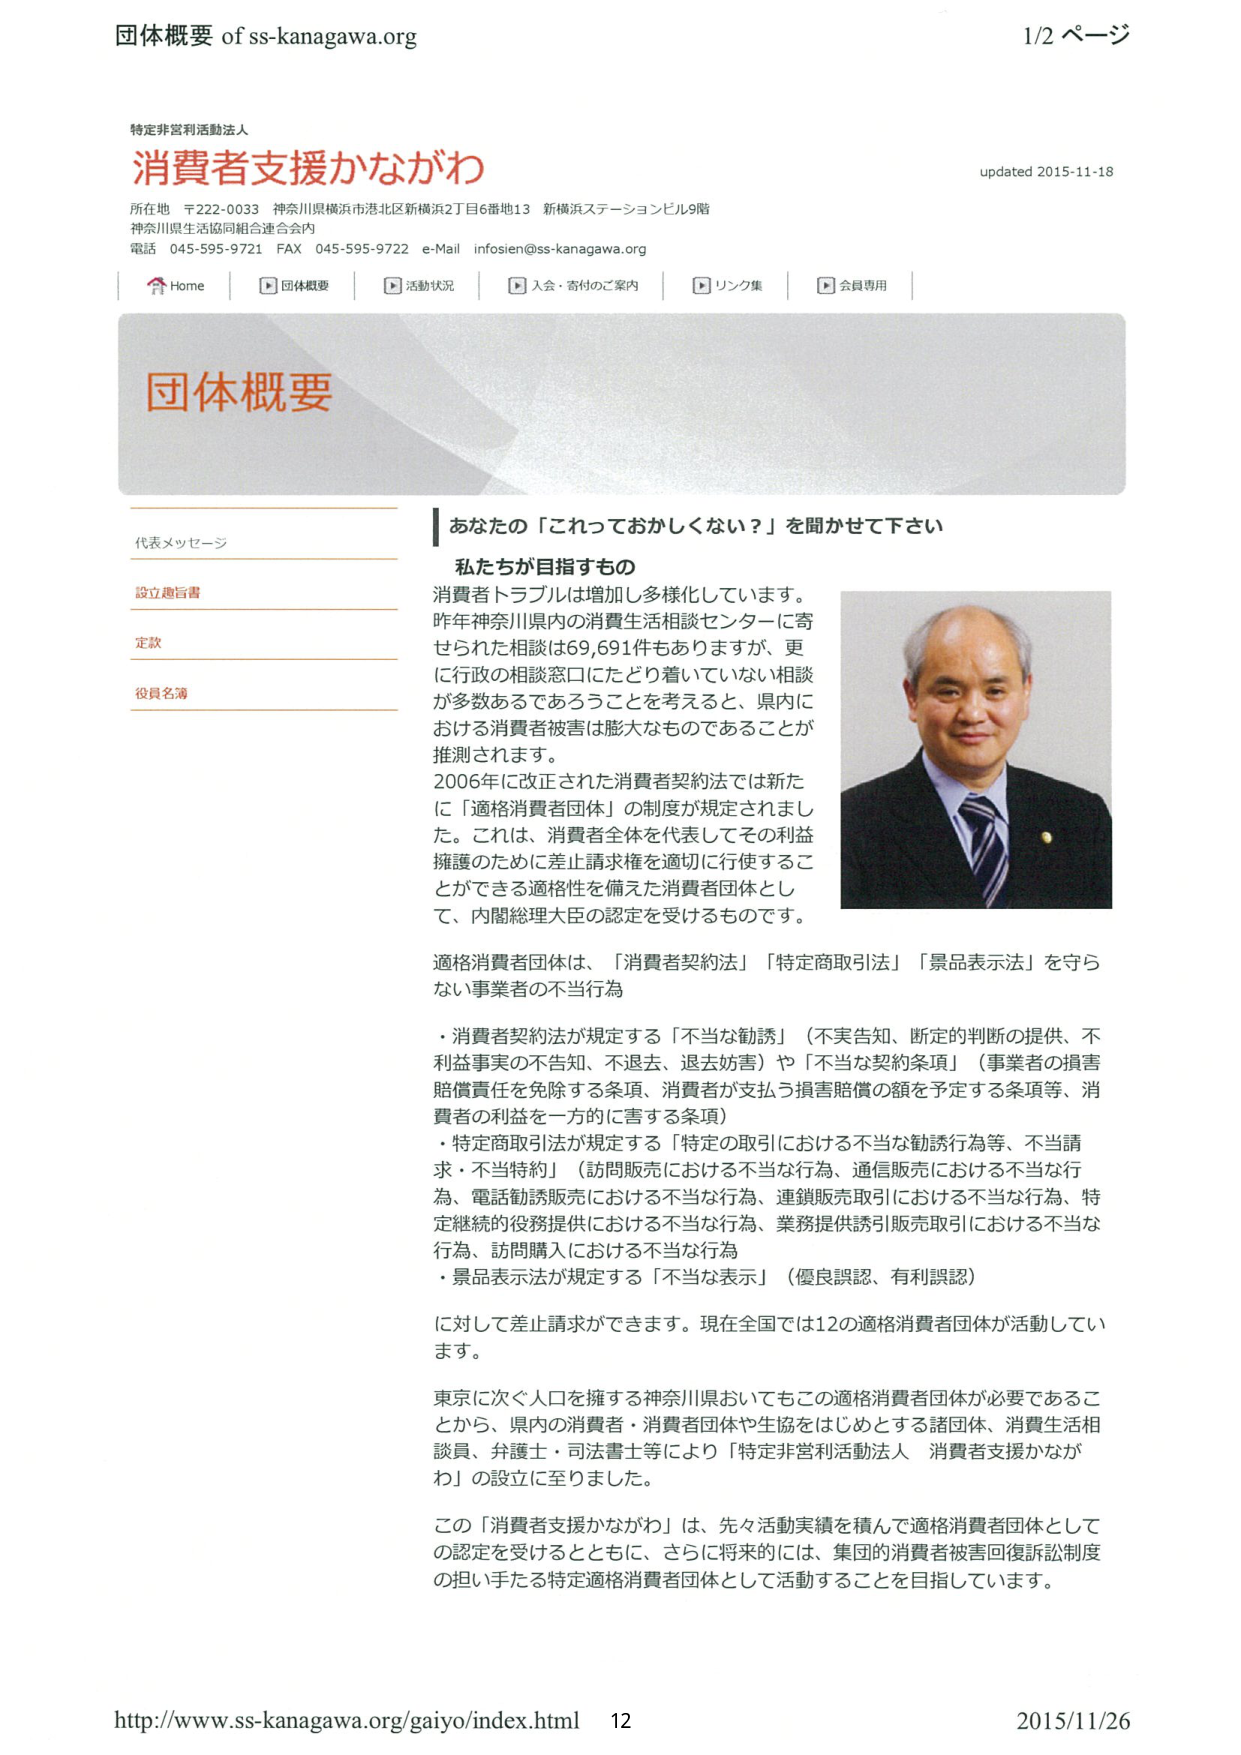
団体概要 of ss-kanagawa.org
1/2 ページ

特定非営利活動法人
消費者支援かながわ
updated 2015-11-18

所在地 〒222-0033 神奈川県横浜市港北区新横浜2丁目6番地13 新横浜ステーションビル9階
神奈川県生活協同組合連合会内
電話 045-595-9721 FAX 045-595-9722 e-Mail infosen@ss-kanagawa.org

Home | 団体概要 | 活動状況 | 入会・寄付のご案内 | リンク集 | 会員専用

団体概要

代表メッセージ
設立趣旨書
定款
役員名簿

あなたの「これっておかしくない？」を聞かせて下さい

私たちが目指すもの

消費者トラブルは増加し多様化しています。
昨年神奈川県内の消費生活相談センターに寄せられた相談は69,691件もありますが、更に行政の相談窓口にたどり着いていない相談が多数あるであろうことを考えると、県内における消費者被害は膨大なものであることが推測されます。

2006年に改正された消費者契約法では新たに「適格消費者団体」の制度が規定されました。これは、消費者全体を代表してその利益擁護のために差止請求権を適切に行使することができる適格性を備えた消費者団体として、内閣総理大臣の認定を受けるものです。

適格消費者団体は、「消費者契約法」「特定商取引法」「景品表示法」を守らない事業者の不当行為

・消費者契約法が規定する「不当な勧誘」（不実告知、断定的判断の提供、不利益事実の不告知、不退去、退去妨害）や「不当な契約条項」（事業者の損害賠償責任を免除する条項、消費者が支払う損害賠償の額を予定する条項等、消費者の利益を一方的に害する条項）
・特定商取引法が規定する「特定の取引における不当な勧誘行為等、不当請求・不当特約」（訪問販売における不当な行為、通信販売における不当な行為、電話勧誘販売における不当な行為、連鎖販売取引における不当な行為、特定継続的役務提供における不当な行為、業務提供誘引販売取引における不当な行為、訪問購入における不当な行為）
・景品表示法が規定する「不当な表示」（優良誤認、有利誤認）

に対して差止請求ができます。現在全国では12の適格消費者団体が活動しています。

東京に次ぐ人口を擁する神奈川県においてもこの適格消費者団体が必要であることから、県内の消費者・消費者団体や生協をはじめとする諸団体、消費生活相談員、弁護士・司法書士等により「特定非営利活動法人 消費者支援かながわ」の設立に至りました。

この「消費者支援かながわ」は、先々活動実績を積んで適格消費者団体としての認定を受けるとともに、さらに将来的には、集団的消費者被害回復訴訟制度の担い手たる特定適格消費者団体として活動することを目指しています。

http://www.ss-kanagawa.org/gaiyo/index.html 12 2015/11/26